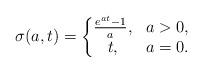
LaTeX: \begin{align*} \sigma(a,t) = \left\{\begin{matrix}\frac{e^{at}-1}{a}, & a>0,\\ t, &a = 0.\end{matrix}\right. \end{align*}